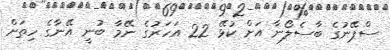
ސްޕޭނުގެ ބާސެލޯނާ އަށް ކުޅޭ 22 އަހަރުގެ ނޭމާ ބުނީ އޭނާގެ ހިތަށް